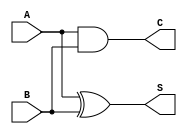
module HalfAdder(S, C, A, B);

	input A, B;
	output S, C;

	xor xor1(S, A, B);
	and and1(C, A, B);

endmodule